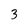
Character: 3